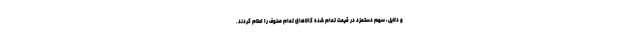
و دلایل، سهم دستمزد در قیمت تمام شده کالاهای تمام صنوف را اعلام کردند.